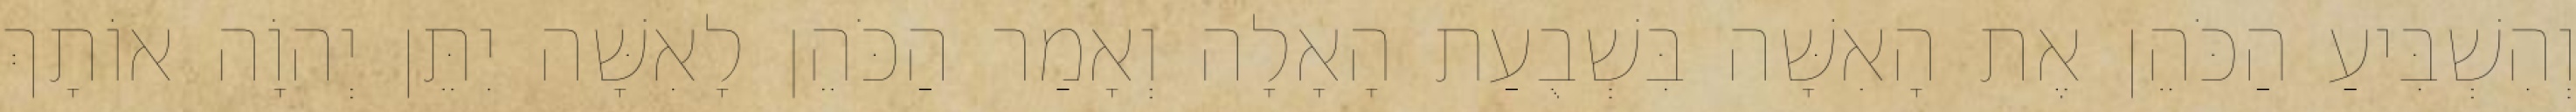
וְהִשְׁבִּיעַ הַכֹּהֵן אֶת הָאִשָּׁה בִּשְׁבֻעַת הָאָלָה וְאָמַר הַכֹּהֵן לָאִשָּׁה יִתֵּן יְהוָֹה אוֹתָךְ